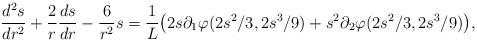
LaTeX: \begin{align*}\frac{d^2s}{dr^2} + \frac{2}{r}\frac{ds}{dr}-\frac{6}{r^2}s = \frac{1}{L}\big(2s\partial_1\varphi(2s^2/3,2s^3/9) +s^2\partial_2\varphi(2s^2/3,2s^3/9) \big),\end{align*}